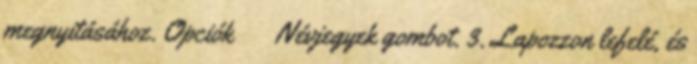
megnyitásához. Opciók → Névjegyek gombot. 3. Lapozzon lefelé, és